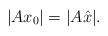
LaTeX: \begin{align*}|Ax_0|=|A\hat x|.\end{align*}